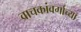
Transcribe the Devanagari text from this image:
वाचकांवर्गाच्या